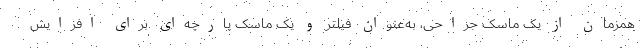
همزمان از یک ماسک جراحی، به‌عنوان فیلتر و یک ماسک پارچه‌ای برای افزایش